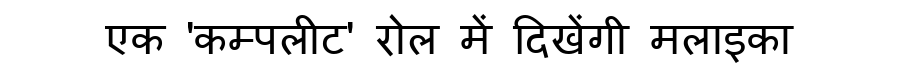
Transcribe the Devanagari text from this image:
एक 'कम्पलीट' रोल में दिखेंगी मलाइका